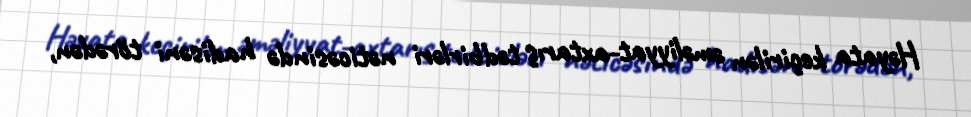
Həyata keçirilən əməliyyat-axtarış tədbirləri nəticəsində hadisəni törədən,